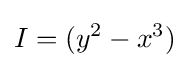
I=(y^{2}-x^{3})